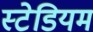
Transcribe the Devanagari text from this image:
स्‍टेडियम